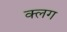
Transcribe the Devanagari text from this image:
क्लग